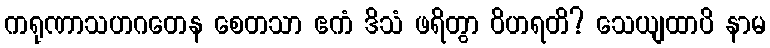
ကရုဏာသဟဂတေန စေတသာ ဧကံ ဒိသံ ဖရိတွာ ဝိဟရတိ? သေယျထာပိ နာမ